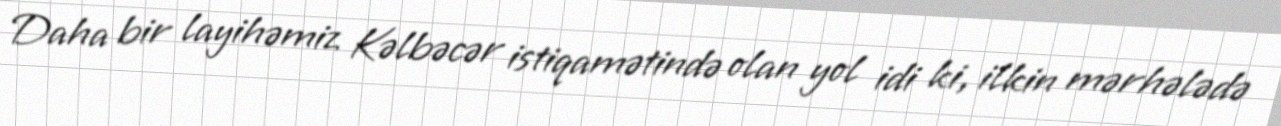
Daha bir layihəmiz Kəlbəcər istiqamətində olan yol idi ki, ilkin mərhələdə